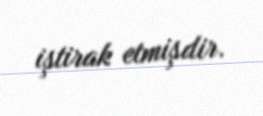
iştirak etmişdir.